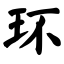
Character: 环